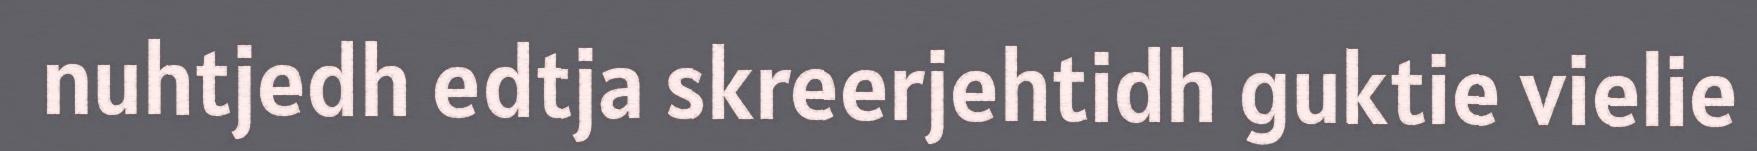
nuhtjedh edtja skreerjehtidh guktie vielie